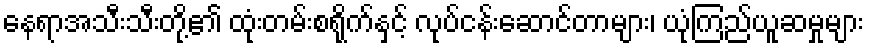
နေရာအသီးသီးတို့၏ ထုံးတမ်းစရိုက်နှင့် လုပ်ငန်းဆောင်တာများ၊ ယုံကြည်ယူဆမှုများ